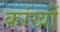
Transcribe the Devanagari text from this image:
कांखों